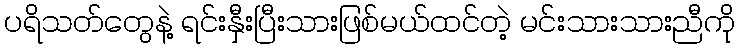
ပရိသတ်တွေနဲ့ ရင်းနှီးပြီးသားဖြစ်မယ်ထင်တဲ့ မင်းသားသားညီကို